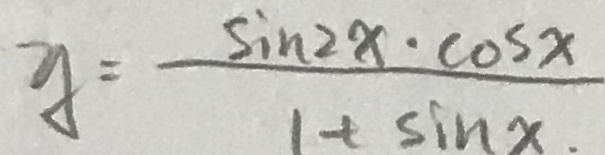
y = \frac { \sin 2 x \cdot \cos x } { 1 + \sin x }